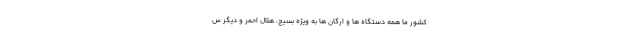
کشور ما همه دستگاه ها و ارگان ها به ویژه بسیج، هلال احمر و دیگر س